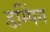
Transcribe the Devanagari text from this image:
डम्पिंग